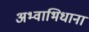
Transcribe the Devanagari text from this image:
अभ्वाभिधाना